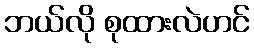
ဘယ်လို စုထားလဲဟင်